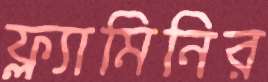
ফ্ল্যামিনির